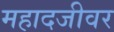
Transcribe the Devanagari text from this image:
महादजीवर